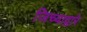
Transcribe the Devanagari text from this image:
जिच्याद्वारे